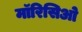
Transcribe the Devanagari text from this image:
मॉरिसिओ